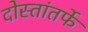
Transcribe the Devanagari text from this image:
दोस्तांतर्फे